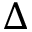
\Delta